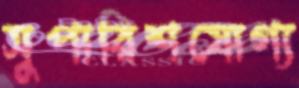
সুপারিশযোগ্য